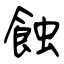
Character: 蝕